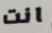
انت